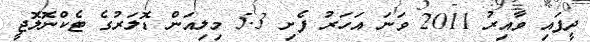
ދީފައި ވާއިރު 2011 ވަނަ އަހަރު ފެށި 5.3 މިލިއަން ޑޮލަރުގެ ޓެކްނޮލޮޖީ